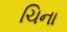
ચિના